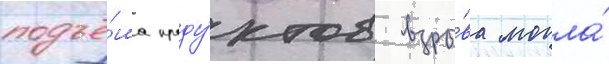
подъё́ма проду́ктов взры́ва могла́